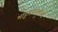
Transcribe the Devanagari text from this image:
भाट्टमतानुयायी